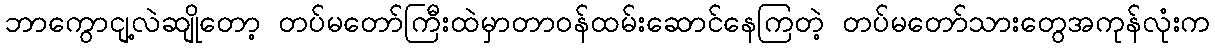
ဘာကွောငျ့လဲဆျိုတော့ တပ်မတော်ကြီးထဲမှာတာဝန်ထမ်းဆောင်နေကြတဲ့ တပ်မတော်သားတွေအကုန်လုံးက